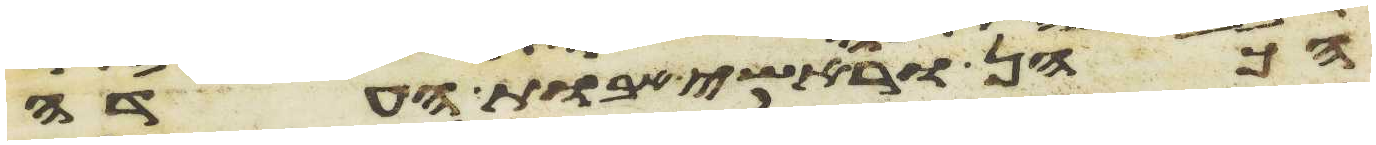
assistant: הכהן וראשי אבות העדה